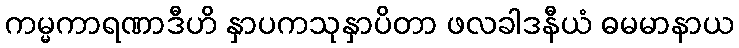
ကမ္မကာရဏာဒီဟိ နှာပကသုနှာပိတာ ဖလခါဒနီယံ ဓမမာနာယ